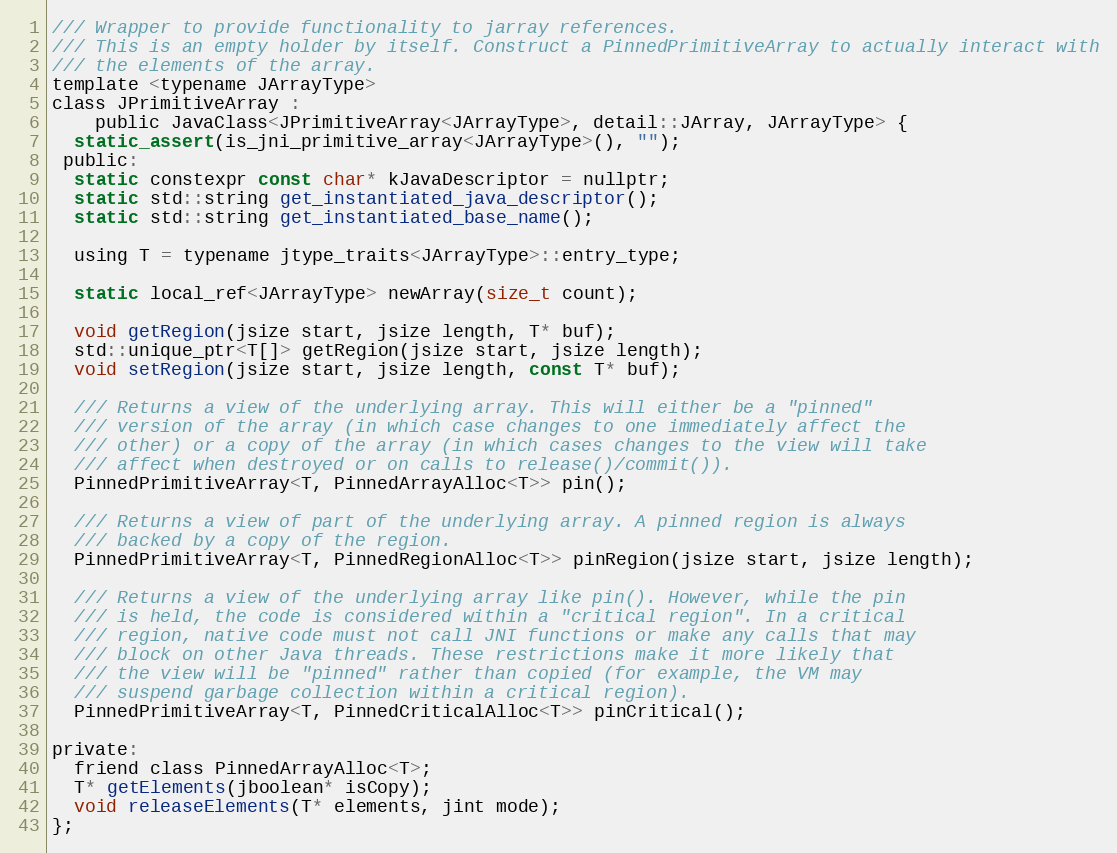
Language: C
/// Wrapper to provide functionality to jarray references.
/// This is an empty holder by itself. Construct a PinnedPrimitiveArray to actually interact with
/// the elements of the array.
template <typename JArrayType>
class JPrimitiveArray :
    public JavaClass<JPrimitiveArray<JArrayType>, detail::JArray, JArrayType> {
  static_assert(is_jni_primitive_array<JArrayType>(), "");
 public:
  static constexpr const char* kJavaDescriptor = nullptr;
  static std::string get_instantiated_java_descriptor();
  static std::string get_instantiated_base_name();

  using T = typename jtype_traits<JArrayType>::entry_type;

  static local_ref<JArrayType> newArray(size_t count);

  void getRegion(jsize start, jsize length, T* buf);
  std::unique_ptr<T[]> getRegion(jsize start, jsize length);
  void setRegion(jsize start, jsize length, const T* buf);

  /// Returns a view of the underlying array. This will either be a "pinned"
  /// version of the array (in which case changes to one immediately affect the
  /// other) or a copy of the array (in which cases changes to the view will take
  /// affect when destroyed or on calls to release()/commit()).
  PinnedPrimitiveArray<T, PinnedArrayAlloc<T>> pin();

  /// Returns a view of part of the underlying array. A pinned region is always
  /// backed by a copy of the region.
  PinnedPrimitiveArray<T, PinnedRegionAlloc<T>> pinRegion(jsize start, jsize length);

  /// Returns a view of the underlying array like pin(). However, while the pin
  /// is held, the code is considered within a "critical region". In a critical
  /// region, native code must not call JNI functions or make any calls that may
  /// block on other Java threads. These restrictions make it more likely that
  /// the view will be "pinned" rather than copied (for example, the VM may
  /// suspend garbage collection within a critical region).
  PinnedPrimitiveArray<T, PinnedCriticalAlloc<T>> pinCritical();

private:
  friend class PinnedArrayAlloc<T>;
  T* getElements(jboolean* isCopy);
  void releaseElements(T* elements, jint mode);
};